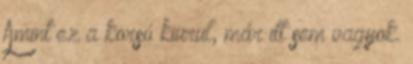
Amint ez a korsó kiürül, már itt sem vagyok.